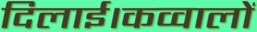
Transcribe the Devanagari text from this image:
दिलाई।कव्वालों